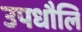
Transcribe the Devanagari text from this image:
उपधौलि